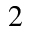
_ 2